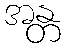
အန္တ